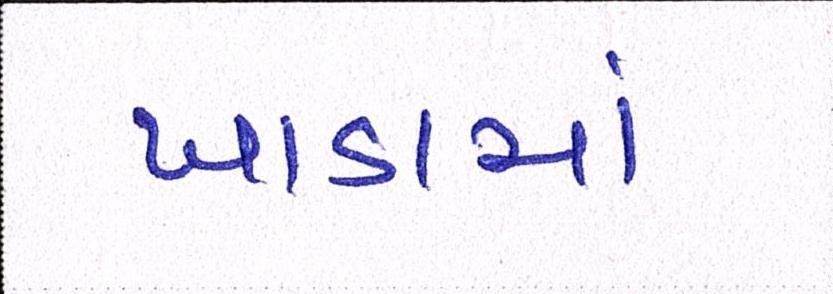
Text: ખાડામાં